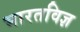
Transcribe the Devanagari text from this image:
भारतविज्ञ